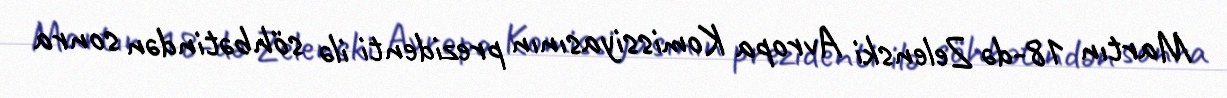
Martın 18-də Zelenski Avropa Komissiyasının prezidenti ilə söhbətindən sonra